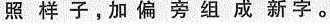
三、照样子，加偏旁组成新字。